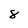
Character: 8